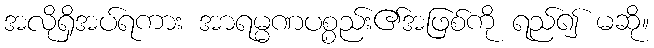
အလိုရှိအပ်ရကား အာရမ္မဏပစ္စည်း၏အဖြစ်ကို ရည်၍ မဆို။